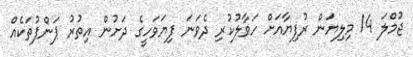
ޖުމްލަ 14 މިލިޔަން ރުފިޔާއަށް ހަވާލުކުރި ދެވަނަ ފިޔަވަހީގެ ދަށުން އިތުރު ޕަންޕުތަކެއް